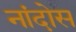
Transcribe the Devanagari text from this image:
नांदोस